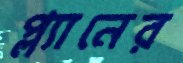
প্ল্যানের